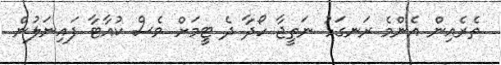
ތެރެއިން އެންމެ ރަނގަޅު ނަތީޖާ ހޯދާ ދެ ޓީމަށް ވެސް ކުއާޓާ ފައިނަލުން